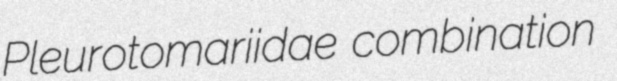
Pleurotomariidae combination